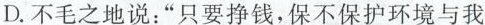
D.不毛之地说：”只要挣钱，保不保护环境与我